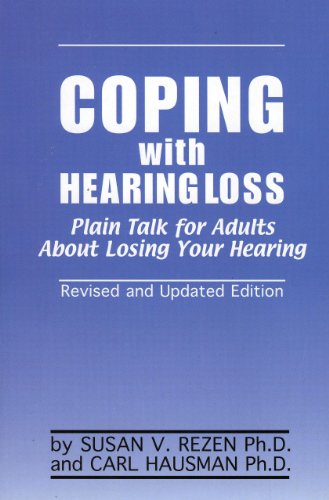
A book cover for Coping with Hearing Loss; Susan V. Rezen; Self-Help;